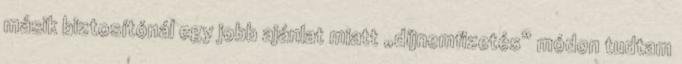
másik biztosítónál egy jobb ajánlat miatt „díjnemfizetés” módon tudtam